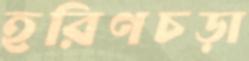
হরিণচড়া